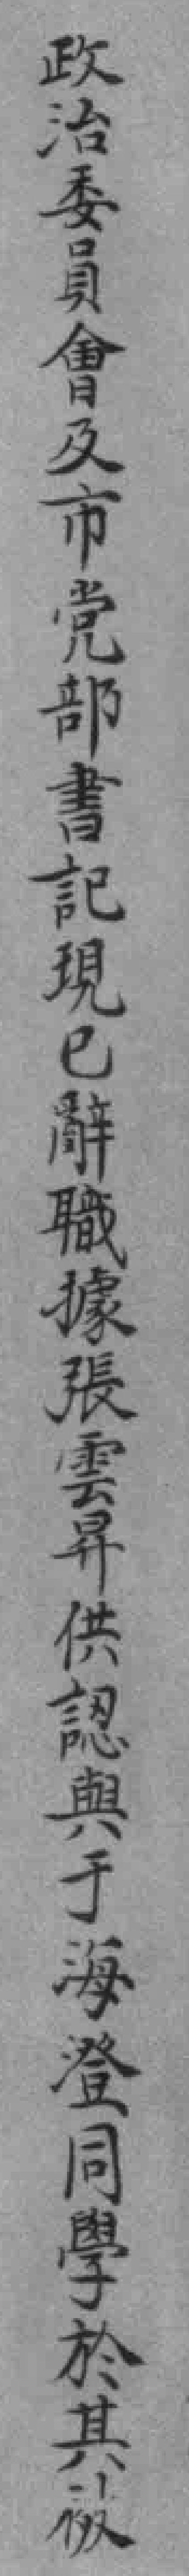
政治委員會及市党部書記現已辭職據張雲昇供認與于海澄同學於其被